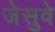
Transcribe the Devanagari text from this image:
जेसुवे